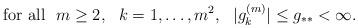
LaTeX: \begin{align*}\mbox{for all}\ \ m \ge 2,\ \ k = 1, \ldots, m^2,\ \ |g_k^{(m)}| \le g_{**}<\infty.\end{align*}